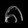
Digit: ၈